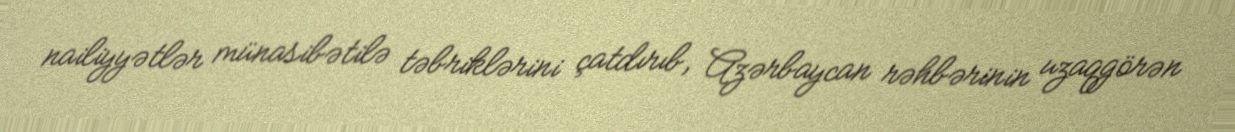
nailiyyətlər münasibətilə təbriklərini çatdırıb, Azərbaycan rəhbərinin uzaqgörən